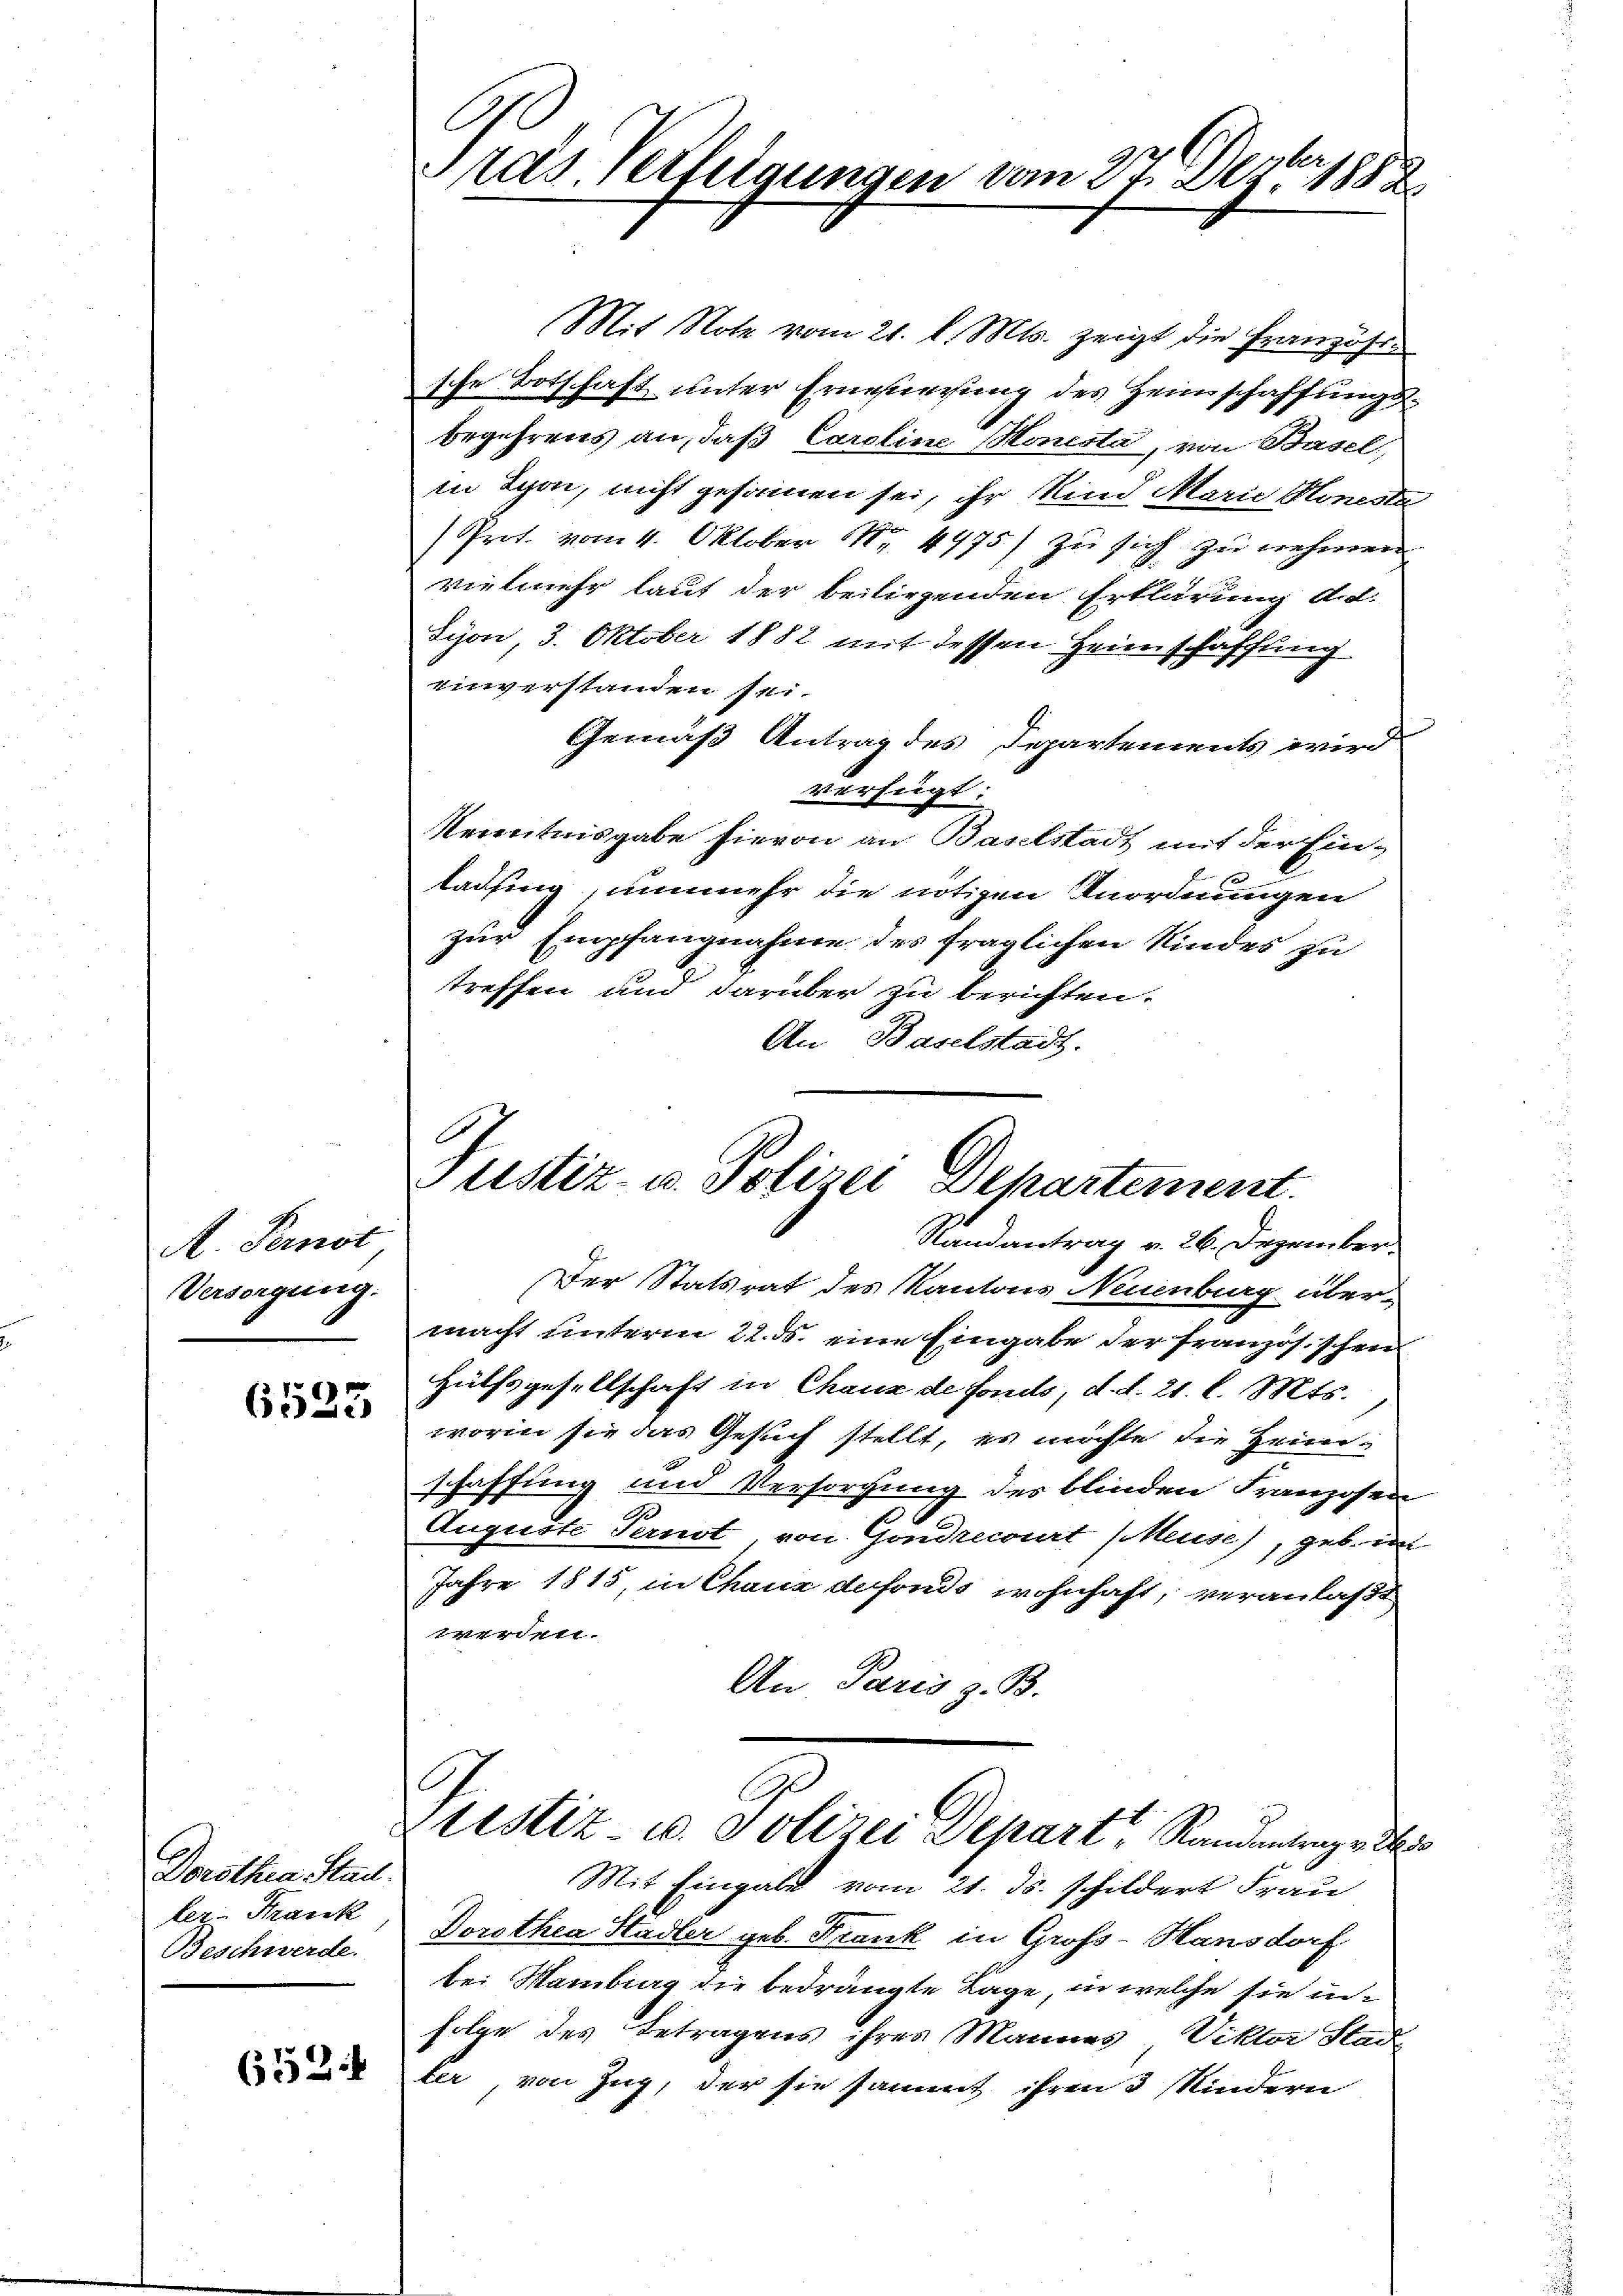
A. Pernot
Versorgung.

6525

Dorothia Stra
ter-Tank
Beschwerde.

652

nas Fertigungen vom 27. Dezbr. 1882

Mit Note vom 21. d. Mts. zeigt die Französi
sche Botschaft unter Erneuerung des Heimschaffungs-
begehrens an, daß Caroline Homola, von Basel,
in Lyon, nicht gesammen sei, ihr Kind Marie Honeste
(Prot. vom 4. Oktober N. 4475) zu sich zu nehmen
vielmehr laut der beiliegenden Erklärung d.d.
Syon, 3. Oktober 1882 mit dessen Heimschaffling
einverstanden sei.
Gemäß Antrag des Departements wird
verfügt:
Kenntnisgabe hievon an Baselstadt mit der Ein-
tausing, numehr die nötigen Anordnungen
zur Empfangnahme des fraglichen Kindes zu
treffen und darüber zu berichten.
An Baselstadt.
Der Statsrat des Kantons Neuenburg übermacht unterm 22. ds. eine Eingabe der französischen
Hülfsgesellschaft in Chanz de fonds, d. d. 21. l. Mts.
worin sie das Gesuch stellt, es möchte die Heim-
schaffung und Versorgung des blinden Franzosen
Auguste Pernot von Gondrecourt (euses, geb. im
Jahre 1815, in Chaus defonds wohnhaft, veranlaßt
werden.
An Paris z. B.
A
listiz- u. Polizei Depart, Standentenge de
Mit Eingabe vom 21. ds. schildert Frau
Dorothea Stadler geb. Krank in Gross-Hausdorf
bei Mamburg die bedrängte Lage, in welche sie in
folge des Betragens ihrer Mannes Viktor Stad-
ter von Zug, der sie sammt ihren 3 Kindern

ustiz- u. Polizei Departement.
Standantrag v. 26. Dezember-

e